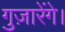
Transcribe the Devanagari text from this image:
गुज़ारेंगे।